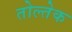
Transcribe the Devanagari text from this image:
तोल्तेक